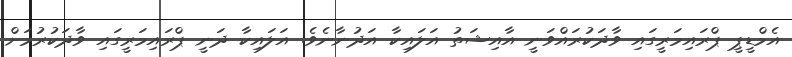
އެމްޑީޕީ ޕްރައިމަރީގައި ވާދަކުރައްވަނީ އާއިޝަތު އަލައިކާ އަދުނާނެވެ. އަލައިކާ ދަނީ ޕްރައިމަރީގައި ވާދަކުރުމަށް